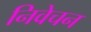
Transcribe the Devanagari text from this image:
निवेचन